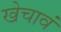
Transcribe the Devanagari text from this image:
खेचावं